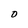
Character: O